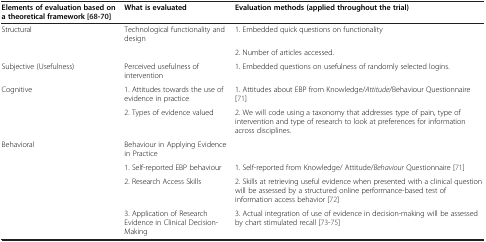
<table><thead><tr><td><b>Elements of evaluation based on a theoretical framework[68-70]</b></td><td><b>What is evaluated</b></td><td><b>Evaluation methods (applied throughout the trial)</b></td></tr></thead><tbody><tr><td>Structural</td><td>Technological functionality and design</td><td>1. Embedded quick questions on functionality</td></tr><tr><td> </td><td> </td><td>2. Number of articles accessed.</td></tr><tr><td>Subjective (Usefulness)</td><td>Perceived usefulness of intervention</td><td>1. Embedded questions on usefulness of randomly selected logins.</td></tr><tr><td>Cognitive</td><td>1. Attitudes towards the use of evidence in practice</td><td>1. Attitudes about EBP from Knowledge/<i>Attitude</i>/Behaviour Questionnaire [71]</td></tr><tr><td> </td><td>2. Types of evidence valued</td><td>2. We will code using a taxonomy that addresses type of pain, type of intervention and type of research to look at preferences for information across disciplines.</td></tr><tr><td>Behavioral</td><td>Behaviour in Applying Evidence in Practice</td><td> </td></tr><tr><td> </td><td>1. Self-reported EBP behaviour</td><td>1. Self-reported from Knowledge/ Attitude/<i>Behaviour</i> Questionnaire [71]</td></tr><tr><td> </td><td>2. Research Access Skills</td><td>2. Skills at retrieving useful evidence when presented with a clinical question will be assessed by a structured online performance-based test of information access behavior [72]</td></tr><tr><td> </td><td>3. Application of Research Evidence in Clinical Decision-Making</td><td>3. Actual integration of use of evidence in decision-making will be assessed by chart stimulated recall [73-75]</td></tr></tbody></table>